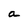
Character: a